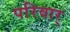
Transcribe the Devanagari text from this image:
परिवार्